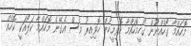
މޮހައްމާ ގޯހެއްނުޫން ގޯހީމޮހައްމާ ހޮވިމީހުން ހޮވިއިރު ވެސް އެގޭނެ މޮހައްމާ ކަލޯއަކީ ކޮހެއް